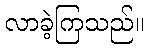
လာခဲ့ကြသည်။